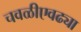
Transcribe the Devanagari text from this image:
चवळीएवढ्या